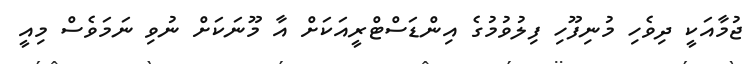
ޖުމާއަކީ ދިވެހި މުނިފޫހި ފިލުވުމުގެ އިންޑަސްޓްރީއަކަށް އާ މޫނަކަށް ނުވި ނަމަވެސް މިއީ